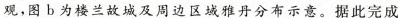
观，图b为楼兰故城及周边区域雅丹分布示意。据此完成